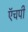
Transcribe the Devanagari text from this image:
ऍचपी